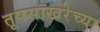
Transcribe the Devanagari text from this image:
तूपसाखरेच्या